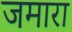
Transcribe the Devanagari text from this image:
जमारा